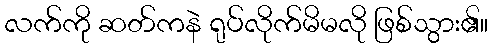
လက်ကို ဆတ်ကနဲ ရုပ်လိုက်မိမလို ဖြစ်သွား၏။